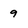
Character: 9